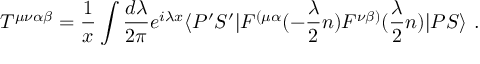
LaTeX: { \cal T } ^ { \mu \nu \alpha \beta } = { \frac { 1 } { x } } \int { \frac { d \lambda } { 2 \pi } } e ^ { i \lambda x } \langle P ^ { \prime } S ^ { \prime } | F ^ { ( \mu \alpha } ( - { \frac { \lambda } { 2 } } n ) F ^ { \nu \beta ) } ( { \frac { \lambda } { 2 } } n ) | P S \rangle \ .